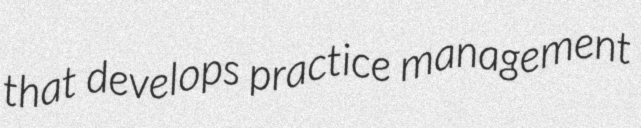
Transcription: that develops practice management